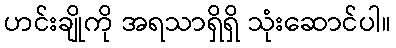
ဟင်းချိုကို အရသာရှိရှိ သုံးဆောင်ပါ။